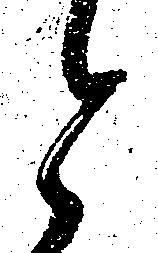
と